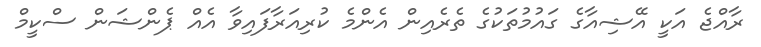
ރާއްޖެ އަކީ އޭޝިއާގެ ގައުމުތަކުގެ ތެރެއިން އެންމެ ކުރިއަރާފައިވާ އެއް ޕެންޝަން ސްކީމް